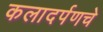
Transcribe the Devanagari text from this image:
कलादर्पणचे